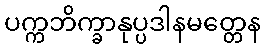
ပက္ကဘိက္ခာနုပ္ပဒါနမတ္တေန